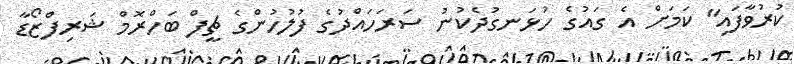
ކުރުވާފައި" ކަމަށް އެ ގައުގެ ހުޅަނގުދެކުނު ސަރަހައްދުގެ ފުލުހުންގެ ޗީފް ބަހްރޮމް ޝަރިފްޒޯޑާ